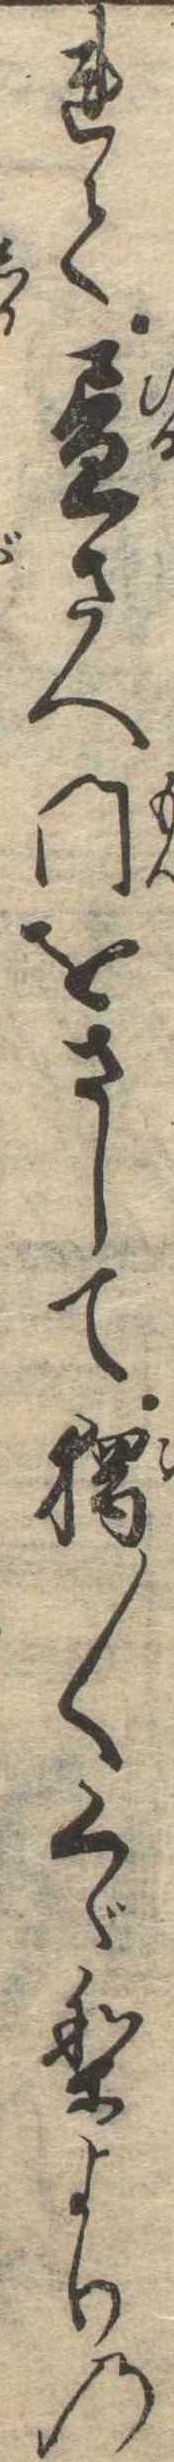
れて昼さへ門をさして独〱くゞりよりの